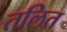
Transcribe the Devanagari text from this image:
तलित